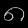
Digit: ၈